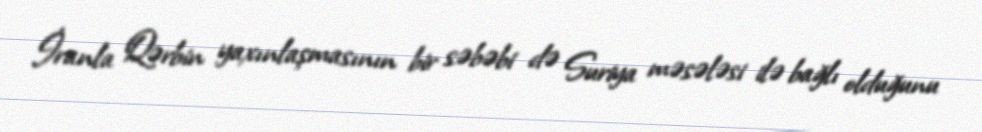
İranla Qərbin yaxınlaşmasının bir səbəbi də Suriya məsələsi ilə bağlı olduğunu